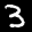
Label: 3